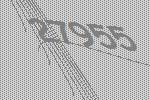
27955